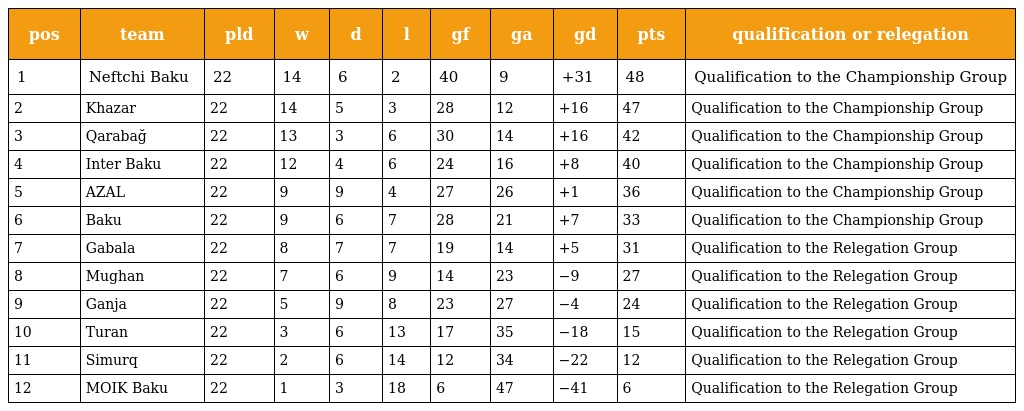
| pos | team | pld | w | d | l | gf | ga | gd | pts | qualification or relegation |
 | --- | --- | --- | --- | --- | --- | --- | --- | --- | --- | --- |
 | 1 | Neftchi Baku | 22 | 14 | 6 | 2 | 40 | 9 | +31 | 48 | Qualification to the Championship Group |
 | 2 | Khazar | 22 | 14 | 5 | 3 | 28 | 12 | +16 | 47 | Qualification to the Championship Group |
 | 3 | Qarabağ | 22 | 13 | 3 | 6 | 30 | 14 | +16 | 42 | Qualification to the Championship Group |
 | 4 | Inter Baku | 22 | 12 | 4 | 6 | 24 | 16 | +8 | 40 | Qualification to the Championship Group |
 | 5 | AZAL | 22 | 9 | 9 | 4 | 27 | 26 | +1 | 36 | Qualification to the Championship Group |
 | 6 | Baku | 22 | 9 | 6 | 7 | 28 | 21 | +7 | 33 | Qualification to the Championship Group |
 | 7 | Gabala | 22 | 8 | 7 | 7 | 19 | 14 | +5 | 31 | Qualification to the Relegation Group |
 | 8 | Mughan | 22 | 7 | 6 | 9 | 14 | 23 | −9 | 27 | Qualification to the Relegation Group |
 | 9 | Ganja | 22 | 5 | 9 | 8 | 23 | 27 | −4 | 24 | Qualification to the Relegation Group |
 | 10 | Turan | 22 | 3 | 6 | 13 | 17 | 35 | −18 | 15 | Qualification to the Relegation Group |
 | 11 | Simurq | 22 | 2 | 6 | 14 | 12 | 34 | −22 | 12 | Qualification to the Relegation Group |
 | 12 | MOIK Baku | 22 | 1 | 3 | 18 | 6 | 47 | −41 | 6 | Qualification to the Relegation Group |